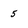
Character: 5